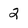
Character: 2